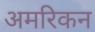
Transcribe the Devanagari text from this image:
अमरिकन